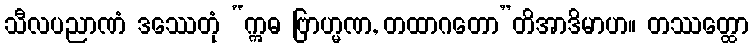
သီလပညာဏံ ဒဿေတုံ “ဣဓ ဗြာဟ္မဏ, တထာဂတော”တိအာဒိမာဟ။ တဿတ္ထော